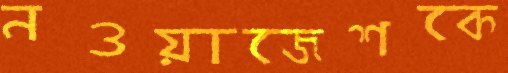
নওয়াজেশকে